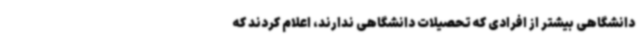
دانشگاهی بیشتر از افرادی که تحصیلات دانشگاهی ندارند، اعلام کردند که